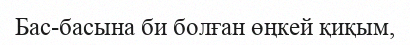
Бас-басына би болған өңкей қиқым,